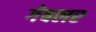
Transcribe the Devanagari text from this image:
गेबलर